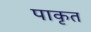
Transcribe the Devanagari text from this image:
पाकृत